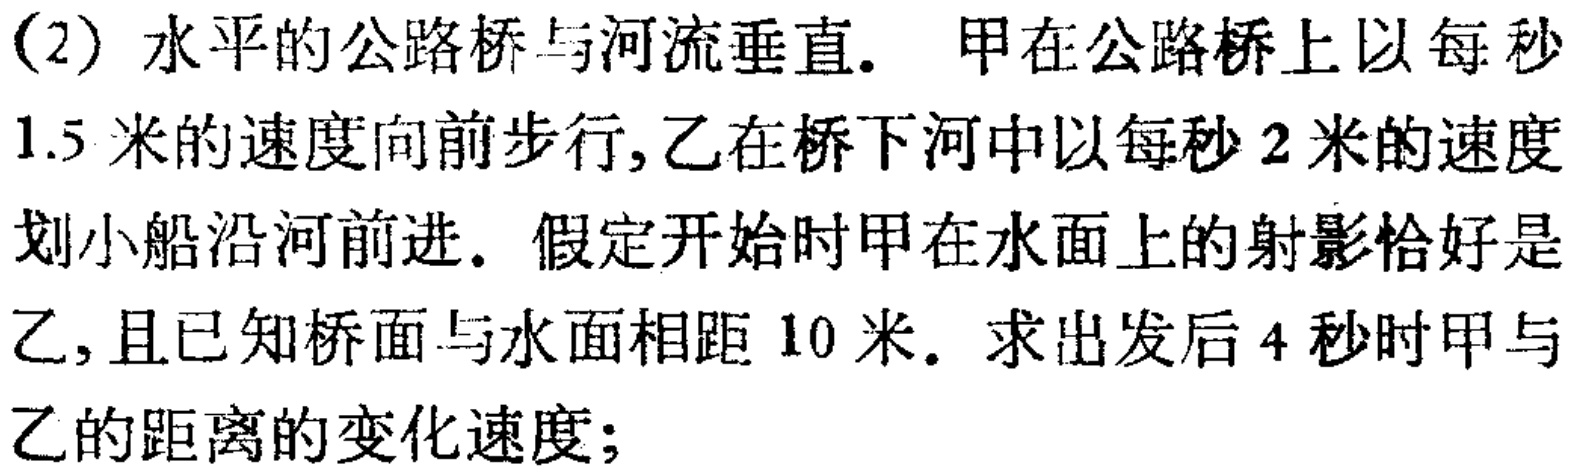
(2) 水平的公路桥与河流垂直. 甲在公路桥上以每秒
$1.5$ 米的速度向前步行,乙在桥下河中以每秒 $2$ 米的速度
划小船沿河前进. 假定开始时甲在水面上的射影恰好是
乙,且已知桥面与水面相距 $10$ 米. 求出发后 $4$ 秒时甲与
乙的距离的变化速度;